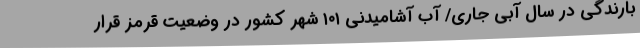
بارندگی در سال آبی جاری/ آب آشامیدنی ۱۰۱ شهر کشور در وضعیت قرمز قرار